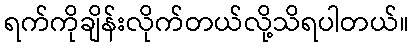
ရက်ကိုချိန်းလိုက်တယ်လို့သိရပါတယ်။